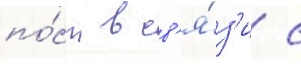
по́ст в св'я́з'и с